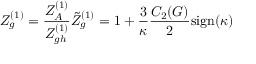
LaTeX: Z _ { g } ^ { ( 1 ) } = \frac { Z _ { A } ^ { ( 1 ) } } { Z _ { g h } ^ { ( 1 ) } } \tilde { Z } _ { g } ^ { ( 1 ) } = 1 + \frac { 3 } { \kappa } \frac { C _ { 2 } ( G ) } { 2 } \mathrm { s i g n } ( \kappa )